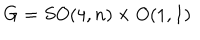
LaTeX: G = S O ( 4 , n ) \times O ( 1 , 1 )